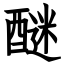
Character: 醚